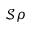
\mathcal { S } \rho